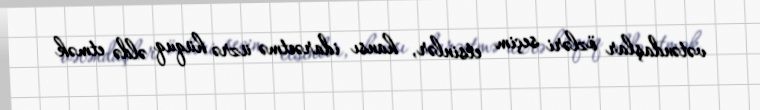
vətəndaşlar özləri seçim etsinlər, hansı idarəetmə üzrə hüquq əldə etmək